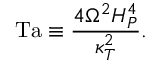
\mathrm { T a } \equiv { \frac { 4 \Omega ^ { 2 } H _ { P } ^ { 4 } } { \kappa _ { T } ^ { 2 } } } .